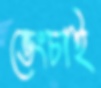
ভেংচাই